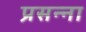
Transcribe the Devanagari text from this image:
प्रसन्‍ना